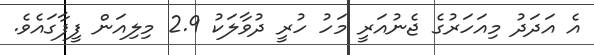
އެ އަދަދު މިއަހަރުގެ ޖެނުއަރީ މަހު ހުރީ ދުވާލަކު 2.9 މިލިއަން ފީފާގައެވެ.